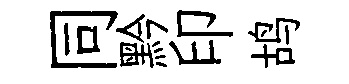
同黔印鸪